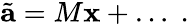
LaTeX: \tilde{\mathbf{a}}=M{\mathbf x}+\ldots\; .